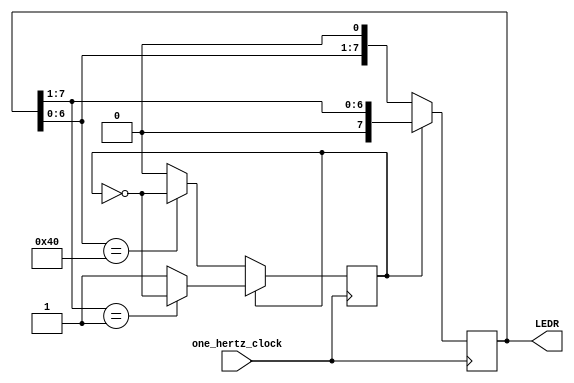
module one_hertz_clock(one_hertz_clock, LEDR);
	input one_hertz_clock;
	output reg[7:0] LEDR = 8'b00000001;
	reg flag = 0; 
	
/*	wire[7:0] current_state;
	reg [7:0] next_state = 8'b10000000;

	vDFF #(8) counter(one_hertz_clock, next_state, current_state);
*/	
	
	always @(posedge one_hertz_clock) begin
		//case(current_state)
		if (flag) begin  
			LEDR = LEDR >> 1; 
			if (LEDR == 8'b00000001) 
				flag = ~flag;
		end 
		else begin 
			LEDR = LEDR << 1; 
			if (LEDR == 8'b10000000) 
				flag = ~flag;
		end 	
	end
		/*8'b00000001: {next_state, LEDR} = {8'b00000010, current_state};
		8'b00000010: {next_state, LEDR} = {8'b00000100, current_state};
		8'b00000100: {next_state, LEDR} = {8'b00001000, current_state};
		8'b00001000: {next_state, LEDR} = {8'b00010000, current_state};
		8'b00010000: {next_state, LEDR} = {8'b00100000, current_state};
		8'b00100000: {next_state, LEDR} = {8'b01000000, current_state};
		8'b01000000: {next_state, LEDR} = {8'b10000000, current_state};
		8'b10000000: {next_state, LEDR} = {8'b00000001, current_state};
		//default: {next_state, LEDR} = {8'b00000000, current_state};
		endcase
	end
*/	
endmodule

/*
module vDFF(clk, in, out);
  parameter n = 5;
  input clk;
  input [n-1:0] in;
  output [n-1:0] out;
  reg [n-1:0] out;
  always @(posedge clk)
    out = in;

endmodule
*/